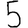
Digit: 5